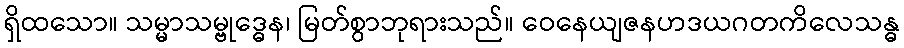
ရှိထသော။ သမ္မာသမ္ဗုဒ္ဓေန၊ မြတ်စွာဘုရားသည်။ ဝေနေယျဇနဟဒယဂတကိလေသန္ဓ